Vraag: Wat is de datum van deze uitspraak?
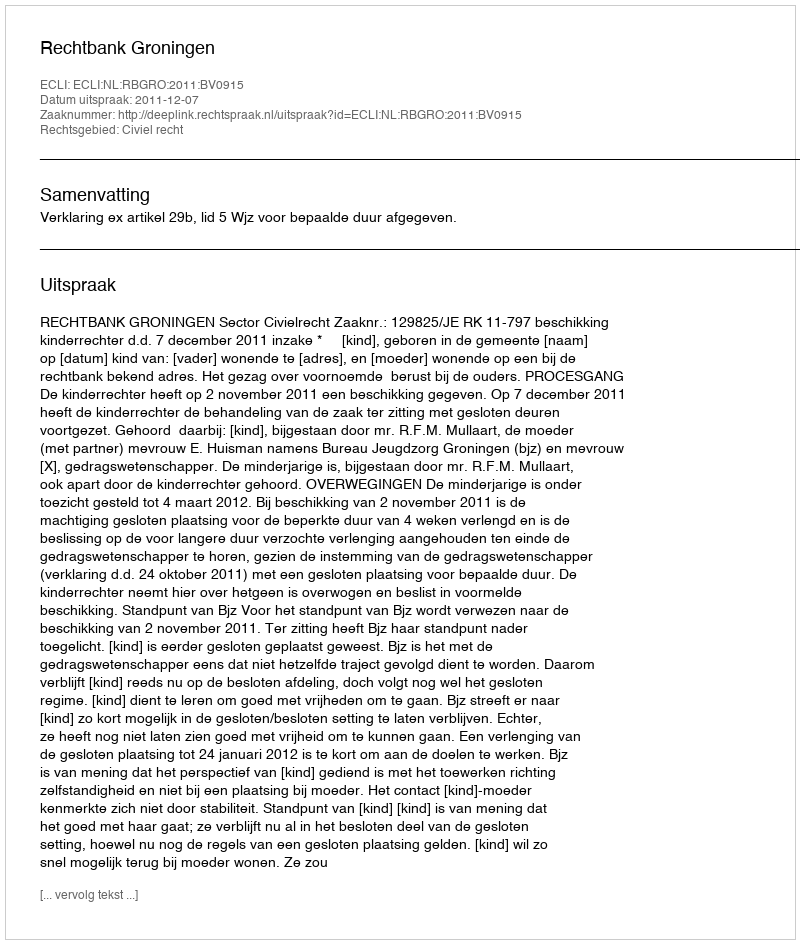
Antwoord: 2011-12-07